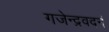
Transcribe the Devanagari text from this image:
गजेन्द्रवदनं